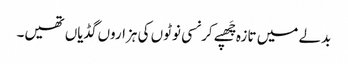
بدلے میں تازہ چَھپے کرنسی نوٹوں کی ہزاروں گڈیاں تھیں۔